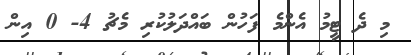
މި ދެ ޓީމު އެންމެ ފަހުން ބައްދަލުކުރި މެޗު 4- 0 އިން